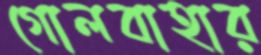
গোলবাহার